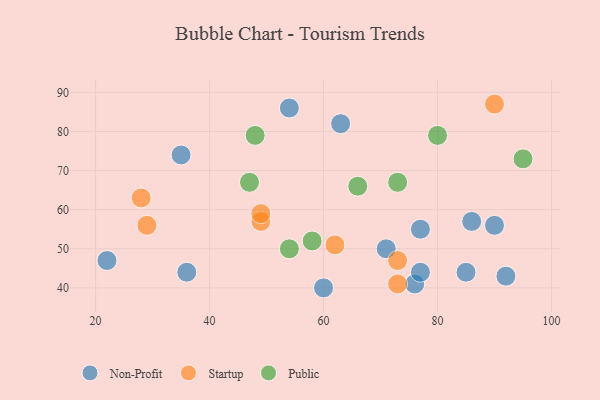
{"axis": {"x": "GDP", "y": "Life Expectancy"}, "legend": ["Non-Profit", "Public", "Startup"], "data": [{"x": "71", "y": 50, "type": "Non-Profit"}, {"x": "76", "y": 41, "type": "Non-Profit"}, {"x": "90", "y": 56, "type": "Non-Profit"}, {"x": "85", "y": 44, "type": "Non-Profit"}, {"x": "54", "y": 86, "type": "Non-Profit"}, {"x": "60", "y": 40, "type": "Non-Profit"}, {"x": "36", "y": 44, "type": "Non-Profit"}, {"x": "86", "y": 57, "type": "Non-Profit"}, {"x": "77", "y": 44, "type": "Non-Profit"}, {"x": "22", "y": 47, "type": "Non-Profit"}, {"x": "63", "y": 82, "type": "Non-Profit"}, {"x": "77", "y": 55, "type": "Non-Profit"}, {"x": "35", "y": 74, "type": "Non-Profit"}, {"x": "92", "y": 43, "type": "Non-Profit"}, {"x": "90", "y": 87, "type": "Startup"}, {"x": "73", "y": 41, "type": "Startup"}, {"x": "49", "y": 57, "type": "Startup"}, {"x": "73", "y": 47, "type": "Startup"}, {"x": "29", "y": 56, "type": "Startup"}, {"x": "28", "y": 63, "type": "Startup"}, {"x": "62", "y": 51, "type": "Startup"}, {"x": "49", "y": 59, "type": "Startup"}, {"x": "47", "y": 67, "type": "Public"}, {"x": "54", "y": 50, "type": "Public"}, {"x": "58", "y": 52, "type": "Public"}, {"x": "95", "y": 73, "type": "Public"}, {"x": "80", "y": 79, "type": "Public"}, {"x": "66", "y": 66, "type": "Public"}, {"x": "48", "y": 79, "type": "Public"}, {"x": "73", "y": 67, "type": "Public"}]}